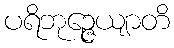
ပရိဘုဉ္ဇေယျာတိ